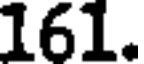
161.